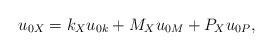
LaTeX: \begin{align*}u_{0X} &= k_{X}u_{0k} + M_{X}u_{0M} + P_{X}u_{0P},\end{align*}